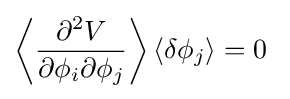
\left\langle {\partial ^{2}V \over \partial \phi _{i}\partial \phi _{j}}\right\rangle \langle \delta \phi _{j}\rangle =0~